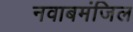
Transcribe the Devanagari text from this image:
नवाबमंजिल